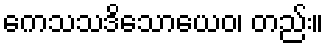
ကေသသဒိသောယေဝ၊ တည်း။